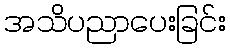
အသိပညာပေးခြင်း